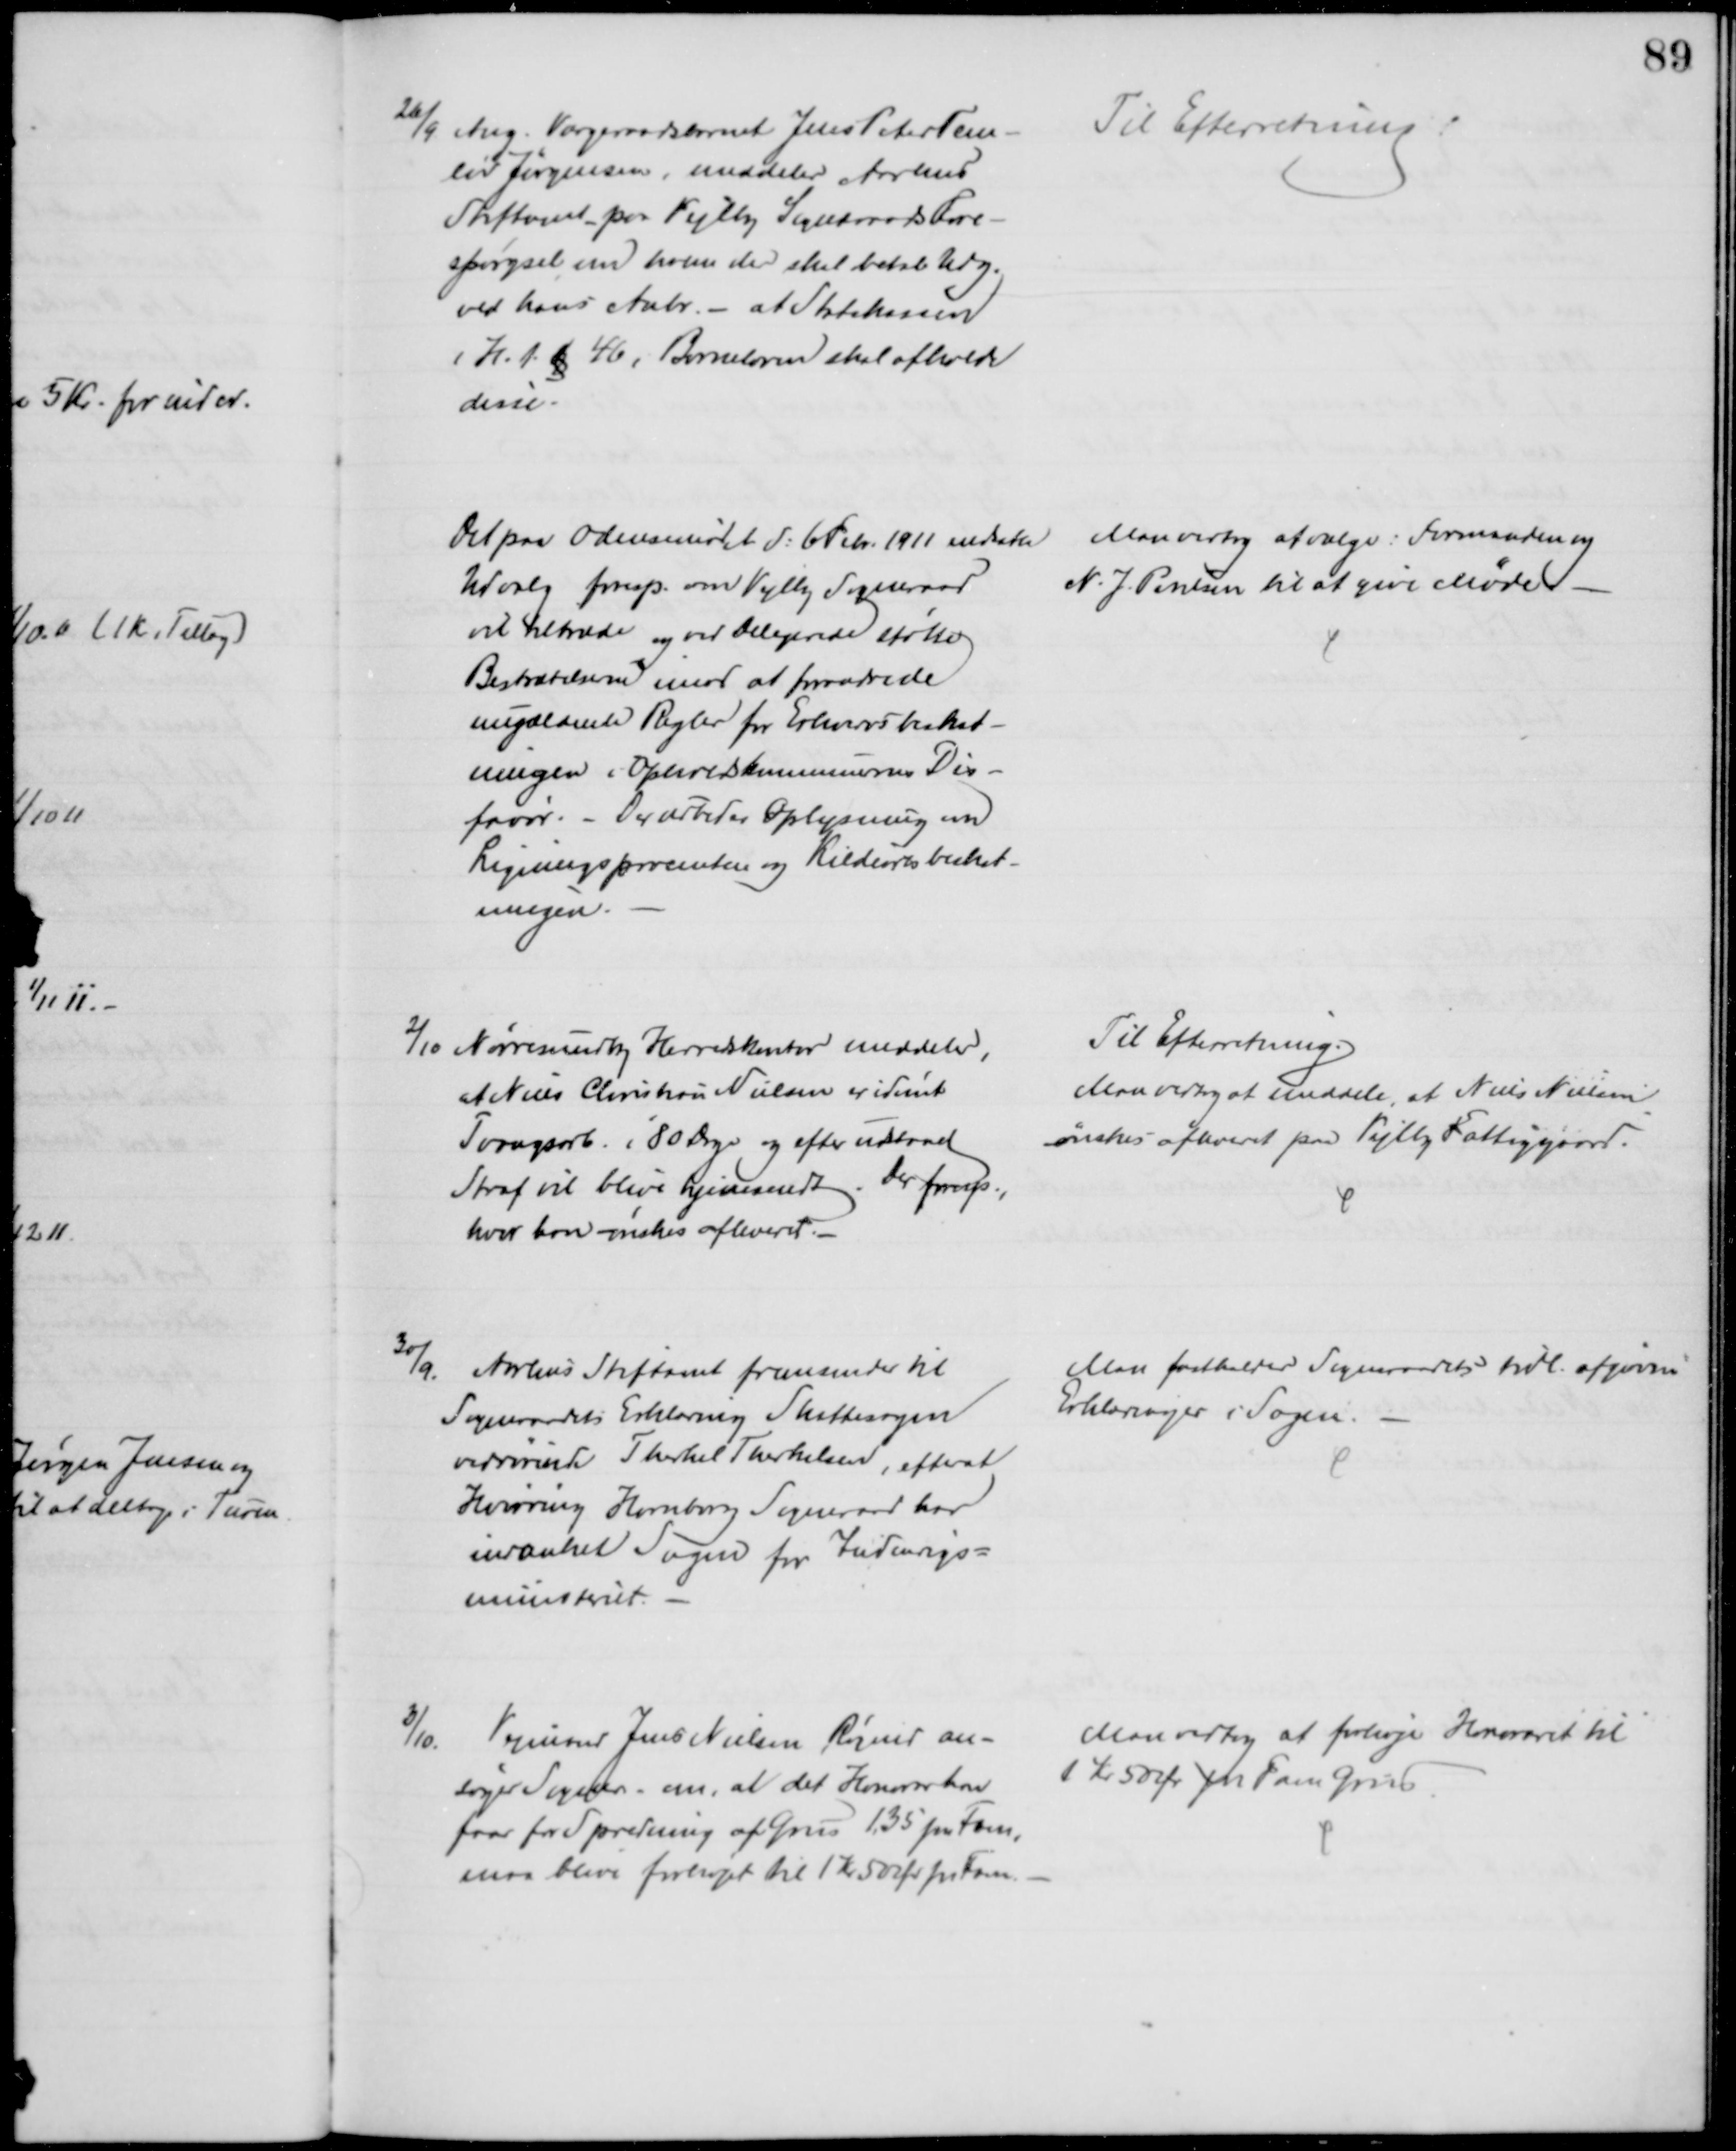
Transskription:
26/9 Ang. Værgeraadsbarnet Jens Peter Tem-
løv Jørgensen, meddeler Aarhus
Stiftamt paa Vejlby Sogneraads Fore-
spørgsel, om hvem der skal betale Udg.
ved hans Anbr. - at Statskassen
i H. t. § 46 i Børneloven skal afholde
disse.
Til Efterretning
Det paa Odensemødet d. 6 Febr. 1911 nedsatte
Udvalg foresp. om Vejlby Sogneraad
vil tiltræde og ved Delegerede støtte
Bestrædelserne imod at forandre de
nugældende Regler for Erhvervsbeskat-
ningen i Opholdskommunernes Dis-
favør. - Der udbedes Oplysning om
Ligningsprocenten og Kildenesbeskat-
ningen.
Man vedtog af vælge: Formanden og
N. J. Poulsen til at give Møde
2/10 Nørresundby Herredskontor meddeler,
at Niels Christian Nielsen er idømt
Tvangsarb. i 80 Dage og efter udstaaet
Straf vil blive hjemsendt. Der foresp.,
hvor han ønskes afleveret.
Til Efterretning.
Man vedtog at meddele, at Niels Nielsen
ønskes afleveret paa Vejlby Fattiggaard.
30/9.
Aarhus Stiftamt fremsender til
Sogneraadets Erklæring Skattesagen
vedrørende Therkel Therkelsen, efterat
Hvirring Hornborg Sogneraad har
indanket Sagen for Indenrigs=
ministeriet.
Man fastholder Sogneraadets tidl. afgivne
Erklæringer i Sagen.
3/10. Vejmand Jens Nielsen Røgind an-
søger Sogner. om, at det Honorar han
faar for Spredning af Grus 1,35 pr. Favn,
maa blive forhøjet til 1 Kr 50 Øre pr Favn.
Man vedtog at forhøje Honoraret til 
1 Kr 50 Øre pr. Favn Grus.